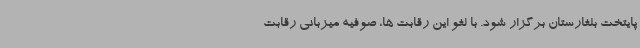
پایتخت بلغارستان برگزار شود. با لغو این رقابت ها، صوفیه میزبانی رقابت